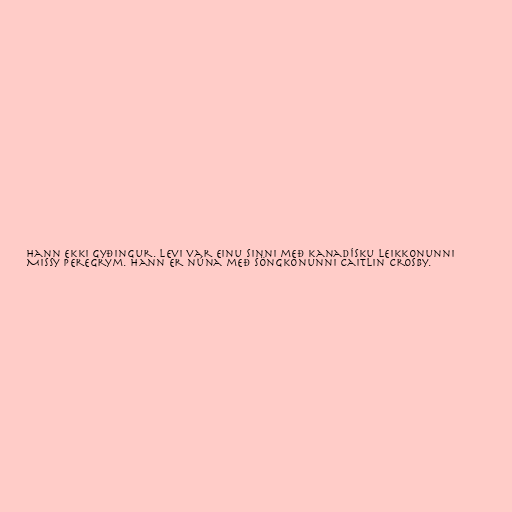
hann ekki gyðingur. Levi var einu sinni með kanadísku leikkonunni
Missy Peregrym. Hann er núna með söngkonunni Caitlin Crosby.